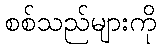
စစ်သည်များကို